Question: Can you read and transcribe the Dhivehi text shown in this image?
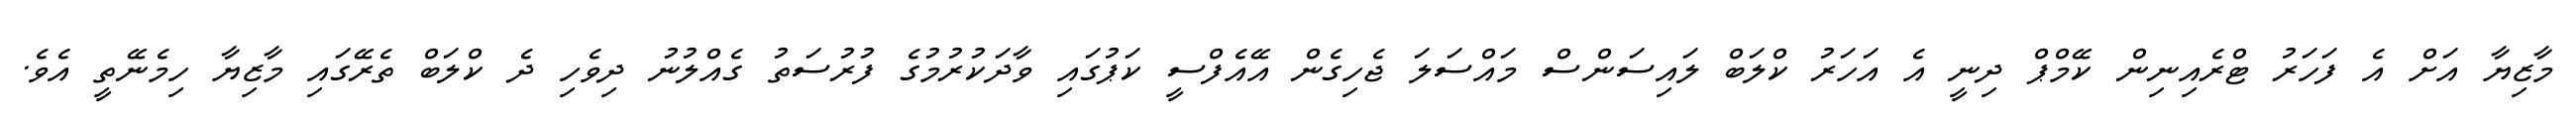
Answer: މާޒިޔާ އަށް އެ ފަހަރު ޓްރެއިނިން ކޭމްޕް ދިނީ އެ އަހަރު ކްލަބް ލައިސަންސް މައްސަލަ ޖެހިގެން އޭއެފްސީ ކަޕުގައި ވާދަކުރުމުގެ ފުރުސަތު ގެއްލުނު ދިވެހި ދެ ކްލަބް ތެރޭގައި މާޒިޔާ ހިމެނޭތީ އެވެ.